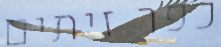
כפר זיתים